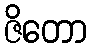
ဇိတော